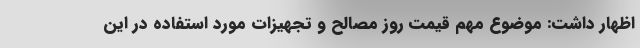
اظهار داشت: موضوع مهم قیمت روز مصالح و تجهیزات مورد استفاده در این